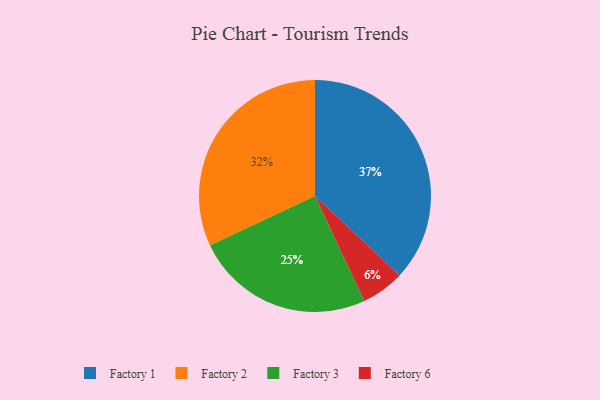
{"axis": {"x": "Category", "y": "Percentage"}, "legend": ["Factory 1", "Factory 2", "Factory 3", "Factory 6"], "data": [{"x": "Factory 2", "y": 32, "type": "Factory 2"}, {"x": "Factory 1", "y": 37, "type": "Factory 1"}, {"x": "Factory 6", "y": 6, "type": "Factory 6"}, {"x": "Factory 3", "y": 25, "type": "Factory 3"}]}